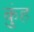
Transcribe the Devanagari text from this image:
कुंह